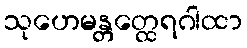
သုဟေမန္တတ္ထေရဂါထာ